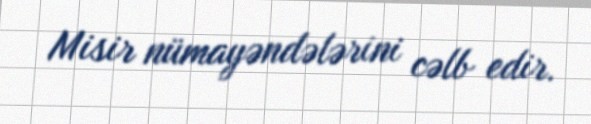
Misir nümayəndələrini cəlb edir.